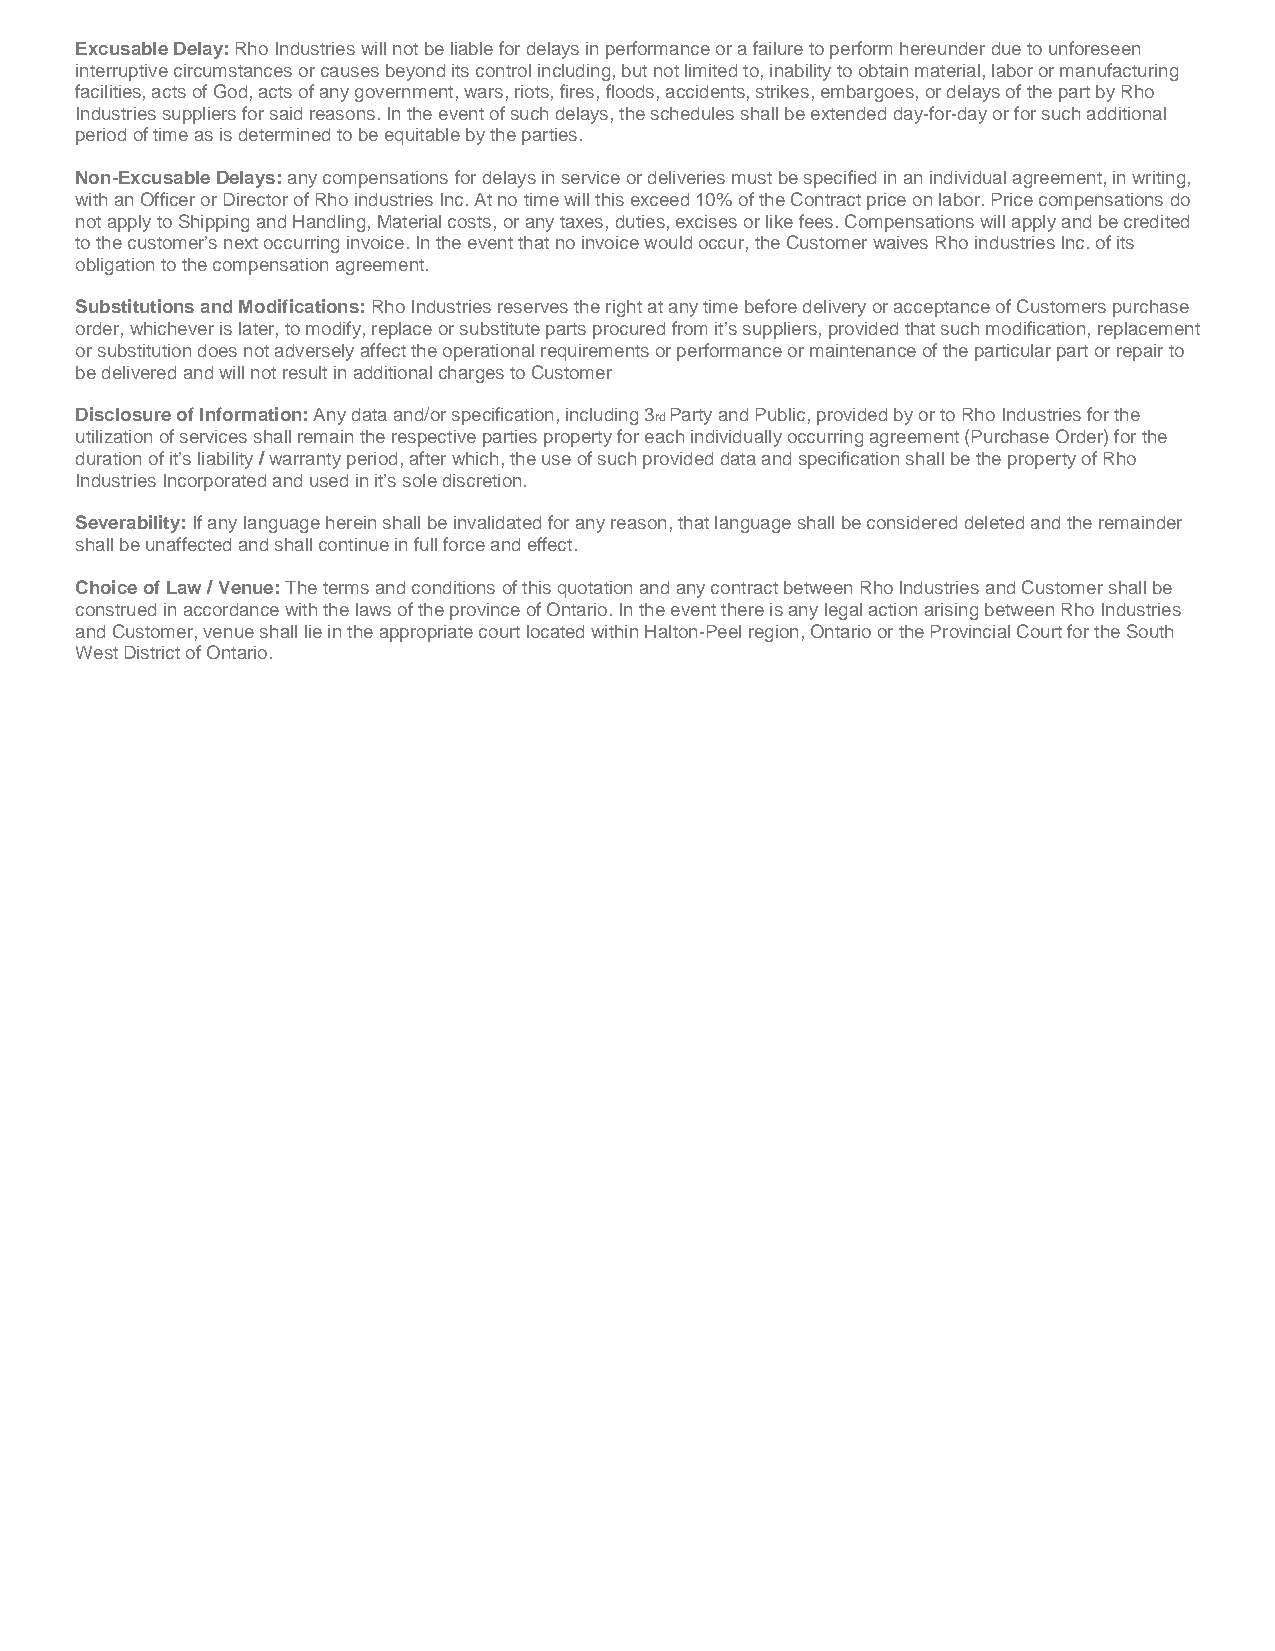
Excusable Delay: Rho Industries will not be liable for delays in performance or a failure to perform hereunder due to unforeseen
 interruptive circumstances or causes beyond its control including, but not limited to, inability to obtain material, labor or manufacturing
 facilities, acts of God, acts of any government, wars, riots, fires, floods, accidents, strikes, embargoes, or delays of the part by Rho
 Industries suppliers for said reasons. In the event of such delays, the schedules shall be extended day-for-day or for such additional
 period of time as is determined to be equitable by the parties.
 Non-Excusable Delays: any compensations for delays in service or deliveries must be specified in an individual agreement, in writing,
 with an Officer or Director of Rho industries Inc. At no time will this exceed 10% of the Contract price on labor. Price compensations do
 not apply to Shipping and Handling, Material costs, or any taxes, duties, excises or like fees. Compensations will apply and be credited
 to the customer’s next occurring invoice. In the event that no invoice would occur, the Customer waives Rho industries Inc. of its
 obligation to the compensation agreement.
 Substitutions and Modifications: Rho Industries reserves the right at any time before delivery or acceptance of Customers purchase
 order, whichever is later, to modify, replace or substitute parts procured from it’s suppliers, provided that such modification, replacement
 or substitution does not adversely affect the operational requirements or performance or maintenance of the particular part or repair to
 be delivered and will not result in additional charges to Customer
 Disclosure of Information: Any data and/or specification, including 3rd Party and Public, provided by or to Rho Industries for the
 utilization of services shall remain the respective parties property for each individually occurring agreement (Purchase Order) for the
 duration of it’s liability / warranty period, after which, the use of such provided data and specification shall be the property of Rho
 Industries Incorporated and used in it’s sole discretion.
 Severability: If any language herein shall be invalidated for any reason, that language shall be considered deleted and the remainder
 shall be unaffected and shall continue in full force and effect.
 Choice of Law / Venue: The terms and conditions of this quotation and any contract between Rho Industries and Customer shall be
 construed in accordance with the laws of the province of Ontario. In the event there is any legal action arising between Rho Industries
 and Customer, venue shall lie in the appropriate court located within Halton-Peel region, Ontario or the Provincial Court for the South
 West District of Ontario.